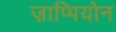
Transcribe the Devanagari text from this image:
ज़ाप्पियोन